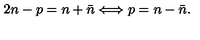
2 n - p = n + \bar { n } \Longleftrightarrow p = n - \bar { n } .